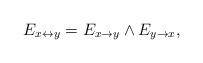
LaTeX: \begin{align*} E_{x \leftrightarrow y}=E_{x \rightarrow y} \land E_{y \rightarrow x}, \end{align*}